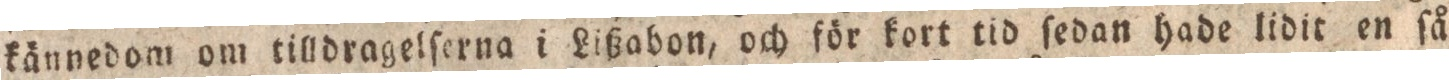
kännedom om tilldragelſerna i Lißabon, och för kort tid ſedan hade lidit en ſå